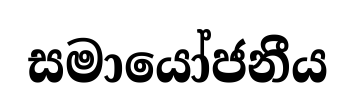
සමායෝජනීය